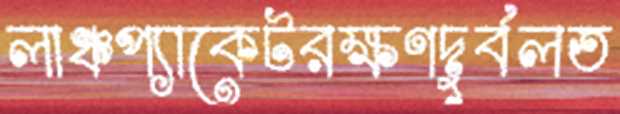
লাঞ্চপ্যাকেটরক্ষণদুর্বলত